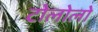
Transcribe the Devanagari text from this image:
टोलोलो